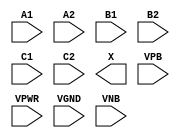
module sky130_fd_sc_ms__a222o (
    //# {{data|Data Signals}}
    input  A1  ,
    input  A2  ,
    input  B1  ,
    input  B2  ,
    input  C1  ,
    input  C2  ,
    output X   ,

    //# {{power|Power}}
    input  VPB ,
    input  VPWR,
    input  VGND,
    input  VNB
);
endmodule